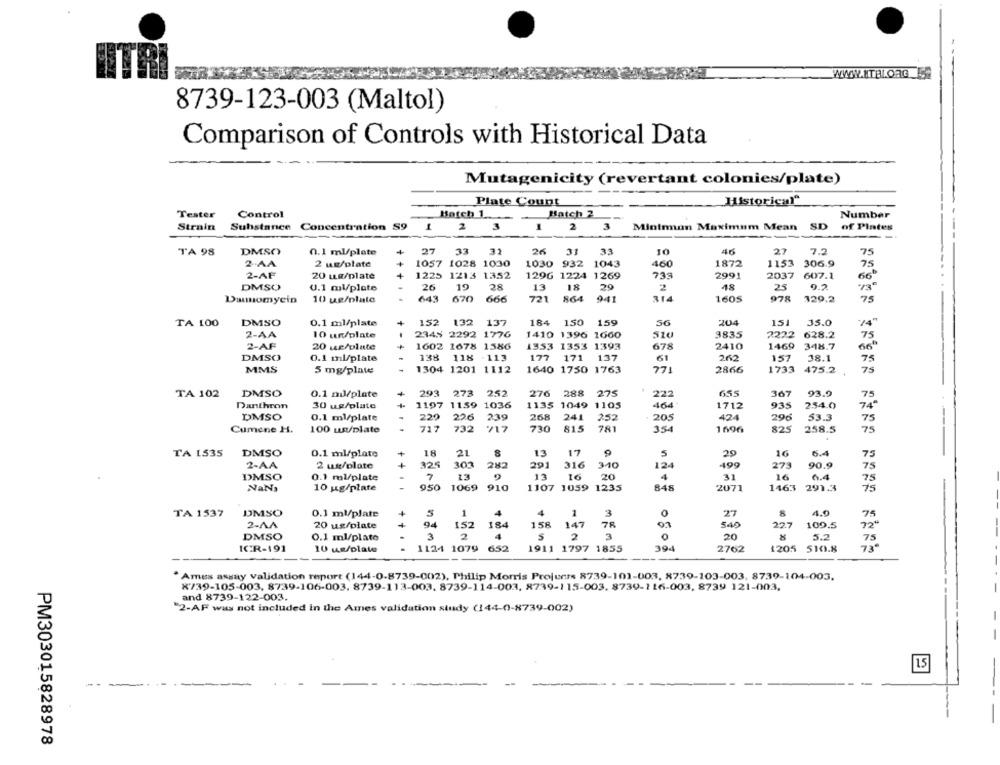
8739-123-003 (Maltol)
Comparison of Controls with Historical Data
Mutagenicity (revertant colonies/plate)
Historical"
Plate Count
Tester
Control
Batch 1 ...
Batch 2
Number
Strain
Substance
Concentration S9
1
2
3
2
3
Minimun Maximum Mean SD
of Pintes
TA 98
DMSO
0.1 ml/plate
+
27
33
31
26
31
33
10
46
27
7.2
75
2-AA
2 us/plate
1057 1028 1030
1030 932 1043
460
1872
1153
306.9
75
2-AF
20 mg/plate
1225 1213 1352
1296 1224 1269
739
2991
2037 607.1
66ª
DMSO
U.1 ml/plate
26
19
28
13
18
20
2
48
25
0.2
10 ug/plate
643
670 666
721
864
941
314
1605
978
329.2
75
Damomycin
DMSO
152
132 137
184
150
159
204
151
35.0
TA 100
0.1 ml/plate
56
2-AA
10 un/plate
2345 2292 1776
1410 1396 1660
510
3835
2222
628.2
75
1602 1678 1586
1353 1353 1393
678
2410
1469
348.7
2-AF
20 ur/plate
DMSO
0.1 ml/plate
138
118 - 113
177
171
137
61
262
157
38.1
75
75
MMS
5 mg/plate
1304 1201 1112
1640 1750 1763
771
2866
1733 475.2
TA 102
DMSO
0.1 ml/plate
293 273 252
276
288
275
222
655
367
93.9
75
Danthron
30 ug/plate
+
1197 1159 1036
1135 1049 1105
464
1712
935
234.0
74ª
DMSO
0.1 ml/plate
229
226
239
268
241
252
205
424
296
53.3
75
Cumene H.
100 un/plate
717
732
717
730
815
781
354
1696
825
258.5
75
18
21
8
17
5
16
75
TA 1535
DMSO
0.1 ml/plate
29
6.4
2-AA
2 ux/plate
325
303
282
291
316
340
12
499
273
90.9
75
13
13
20
4
16
DMSO
0.1 ml/plate
.
7
16
31
0.4
75
NaNa
10 ug/plate
-
950 1069 910
1107 1059 1235
848
2071
1463 291.3
75
TA 1537
DMSO
0.1 ml/plate
5
1
4
4
1
3
27
4.0
75
0
2-AA
20 ug/plate
+
94
152
184
158
147
78
5.40
22.7
109.5
720
DMSO
3
2
4
S
2
3
20
5.2
0.1 ml/plate
75
ICR-191
10 us/plate
1124 1079
652
1911 1797 1855
394
2762
1205 510.8
73€
"Ames assay validation report (144-0-8739-002), Philip Morris Projects 8739-101-003, 8739-103-003, 8739-104-003.
X739-105-003, 8739-106-003. 8739-113-003. 8739-114-003, 8739-115-003, 8739-116-003, 8739 121-003.
and 8739-122-003.
"2-AF was not included in the Ames validation study (144-0-8739-002)
- -
1.5
---
PM303015828978